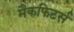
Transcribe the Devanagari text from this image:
मैकफिटर्स